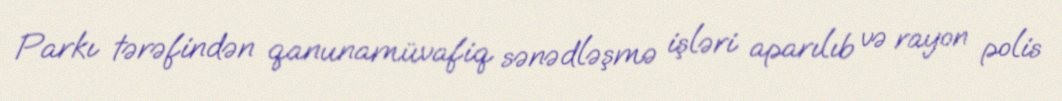
Parkı tərəfindən qanunamüvafiq sənədləşmə işləri aparılıb və rayon polis